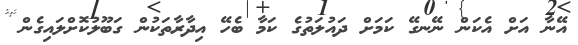
އޭނާ އަށް އެކަން ނޭނގޭ ކަމަށް ދައުލަތުގެ ކަމާ ބެހޭ އިދާރާތަކުން ގަބޫލުކޮށްލައިގެން